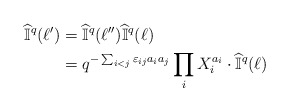
\begin{align*}\widehat{\mathbb{I}}^q(\ell') &= \widehat{\mathbb{I}}^q(\ell'')\widehat{\mathbb{I}}^q(\ell) \\&= q^{-\sum_{i<j}\varepsilon_{ij}a_ia_j}\prod_iX_i^{a_i}\cdot\widehat{\mathbb{I}}^q(\ell)\end{align*}